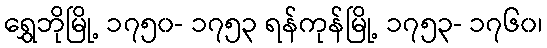
ရွှေဘိုမြို့ ၁၇၅၀- ၁၇၅၃ ရန်ကုန်မြို့ ၁၇၅၃- ၁၇၆၀၊